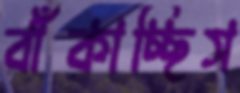
বাঁকাচ্ছিস